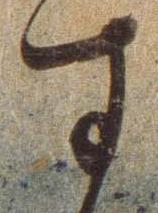
す